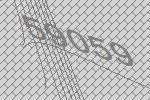
59059